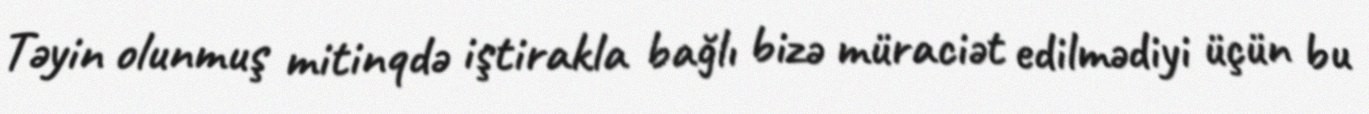
Təyin olunmuş mitinqdə iştirakla bağlı bizə müraciət edilmədiyi üçün bu